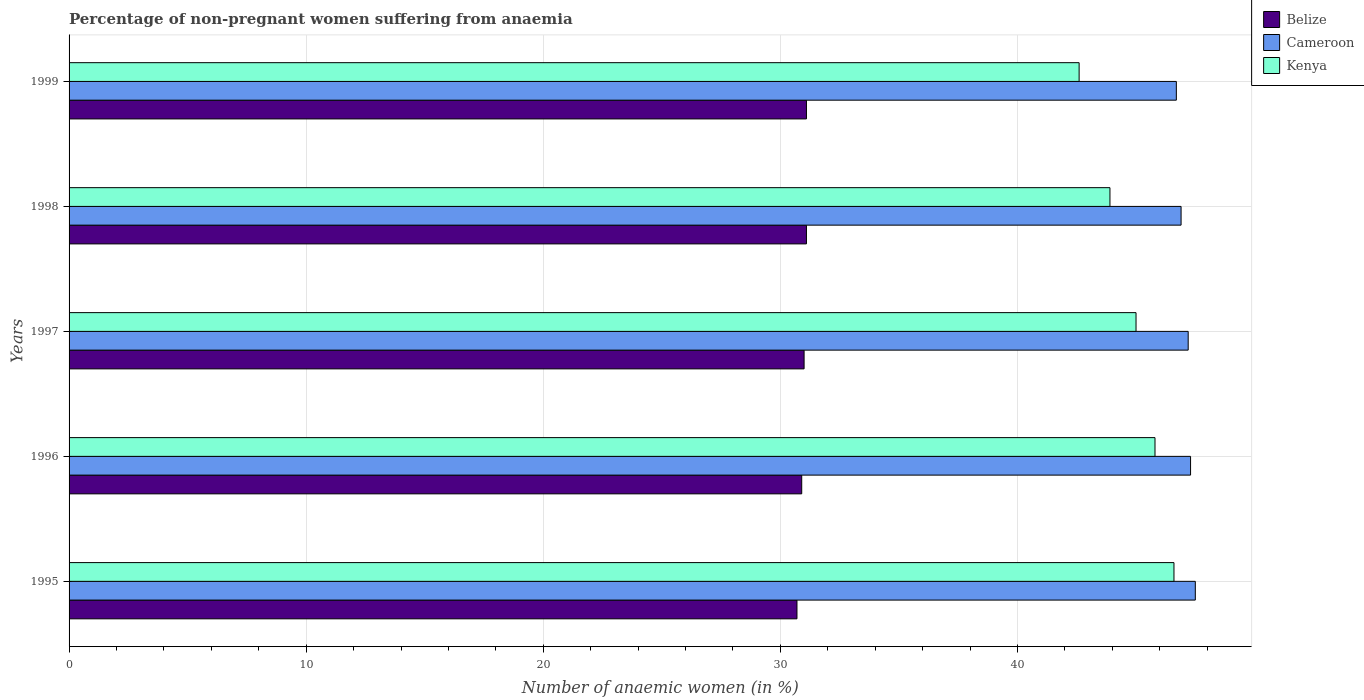
| Years | Belize | Cameroon | Kenya |
 | --- | --- | --- | --- |
 | 1995 | 30.7 | 47.5 | 46.6 |
 | 1996 | 30.9 | 47.3 | 45.8 |
 | 1997 | 31 | 47.2 | 45 |
 | 1998 | 31.1 | 46.9 | 43.9 |
 | 1999 | 31.1 | 46.7 | 42.6 |